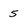
Character: 5